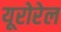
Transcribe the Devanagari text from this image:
यूरोरेल